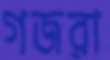
গজরা